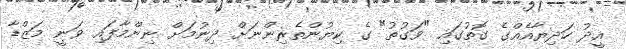
އީދު ހަދިޔާއެއްގެ ގޮތުގައި "ވަގުތު" ގެ ކިޔުންތެރިންނަށް ދިނުމަށް ނިންމާފައި ވަނީ މަޒްޑާ